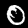
Digit: 0